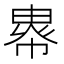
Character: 𢄖